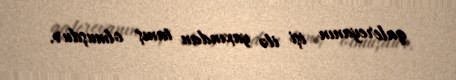
qalereyanın işi ilə yaxından tanış olmuşdur.